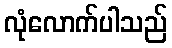
လုံလောက်ပါသည်